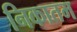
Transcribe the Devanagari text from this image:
निकातम